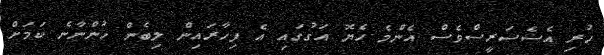
ހުރި އެސެސަރީސްވެސް އެންމެ ހެޔޮ އަގުގައި އެ ފިހާރައިން ލިބެން ހުންނާނެ ކަމަށް